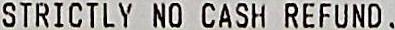
STRICTLY NO CASH REFUND .